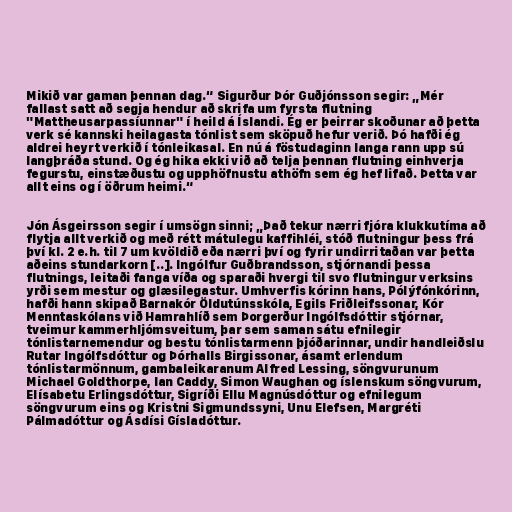
Mikið var gaman þennan dag.“ Sigurður Þór Guðjónsson segir: „Mér
fallast satt að segja hendur að skrifa um fyrsta flutning
"Mattheusarpassíunnar" í heild á Íslandi. Ég er þeirrar skoðunar að þetta
verk sé kannski heilagasta tónlist sem sköpuð hefur verið. Þó hafði ég
aldrei heyrt verkið í tónleikasal. En nú á föstudaginn langa rann upp sú
langþráða stund. Og ég hika ekki við að telja þennan flutning einhverja
fegurstu, einstæðustu og upphöfnustu athöfn sem ég hef lifað. Þetta var
allt eins og í öðrum heimi.“

Jón Ásgeirsson segir í umsögn sinni; „Það tekur nærri fjóra klukkutíma að
flytja allt verkið og með rétt mátulegu kaffihléi, stóð flutningur þess frá
því kl. 2 e.h. til 7 um kvöldið eða nærri því og fyrir undirritaðan var þetta
aðeins stundarkorn [..]. Ingólfur Guðbrandsson, stjórnandi þessa
flutnings, leitaði fanga víða og sparaði hvergi til svo flutningur verksins
yrði sem mestur og glæsilegastur. Umhverfis kórinn hans, Pólýfónkórinn,
hafði hann skipað Barnakór Öldutúnsskóla, Egils Friðleifssonar, Kór
Menntaskólans við Hamrahlíð sem Þorgerður Ingólfsdóttir stjórnar,
tveimur kammerhljómsveitum, þar sem saman sátu efnilegir
tónlistarnemendur og bestu tónlistarmenn þjóðarinnar, undir handleiðslu
Rutar Ingólfsdóttur og Þórhalls Birgissonar, ásamt erlendum
tónlistarmönnum, gambaleikaranum Alfred Lessing, söngvurunum
Michael Goldthorpe, Ian Caddy, Simon Waughan og íslenskum söngvurum,
Elísabetu Erlingsdóttur, Sigríði Ellu Magnúsdóttur og efnilegum
söngvurum eins og Kristni Sigmundssyni, Unu Elefsen, Margréti
Pálmadóttur og Ásdísi Gísladóttur.